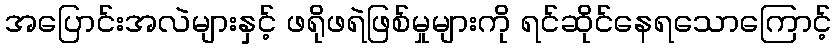
အပြောင်းအလဲများနှင့် ဖရိုဖရဲဖြစ်မှုများကို ရင်ဆိုင်နေရသောကြောင့်